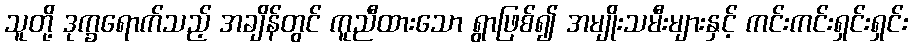
သူတို့ ဒုက္ခရောက်သည့် အချိန်တွင် ကူညီထားသော ရွာဖြစ်၍ အမျိုးသမီးများနှင့် ကင်းကင်းရှင်းရှင်း